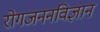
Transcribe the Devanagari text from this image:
रोगजननविज्ञान